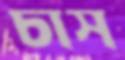
চাস